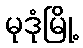
မုဒုံမြို့